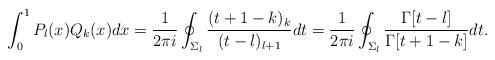
LaTeX: \begin{align*} \int_0^1 P_l(x) Q_k(x) dx = \frac{1}{2\pi i} \oint_{\Sigma_l} \frac{(t+1-k)_k}{(t-l)_{l+1}} dt= \frac{1}{2\pi i} \oint_{\Sigma_l} \frac{\Gamma[t-l]}{\Gamma[t+1-k]} dt.\end{align*}